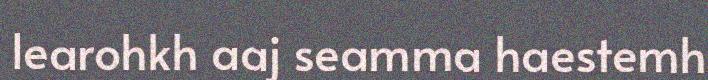
learohkh aaj seamma haestemh